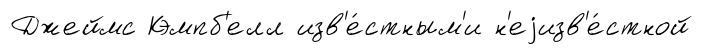
Джеймс Кэмпб'елл изв'е́стным'и н'еjизв'е́стной